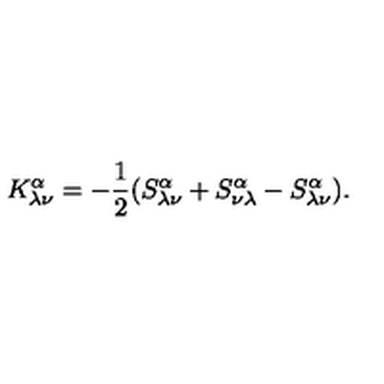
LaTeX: K _ { \lambda \nu } ^ { \alpha } = - \frac { 1 } { 2 } ( S _ { \lambda \nu } ^ { \alpha } + S _ { \nu \lambda } ^ { \alpha } - S _ { \lambda \nu } ^ { \alpha } ) .